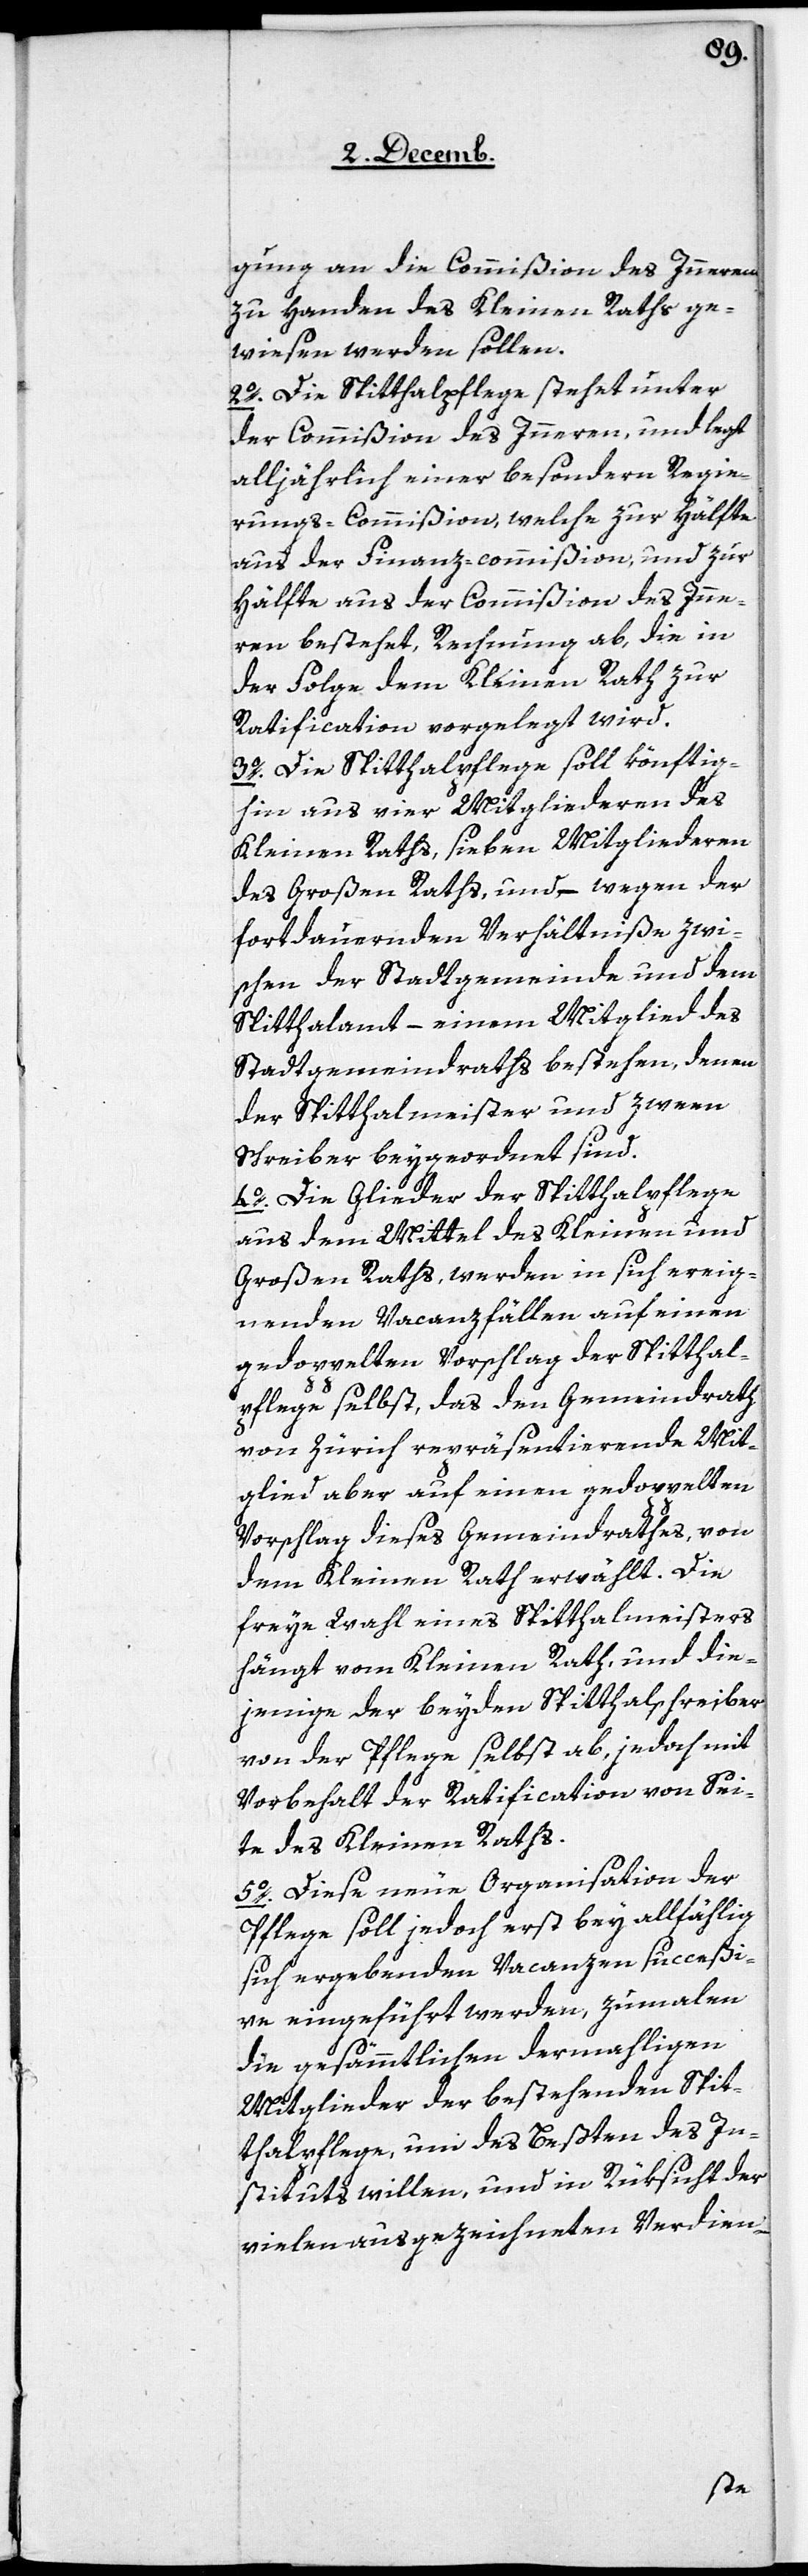
gung an die Commißion des Inneren
zu Handen des Kleinen Raths ge¬
wiesen werden sollen.
2. Die Spitthalpflege stehet unter
der Commißion des Inneren, und legt
alljährlich einer besondern Regie¬
rungs-Commißion, welche zur Hälfte
aus der Finanz-commißion, und zur
Hälfte aus der Commißion des Inne¬
ren bestehet, Rechnung ab, die in
der Folge dem Kleinen Rath zur
Ratification vorgelegt wird.
3. Die Spitthalpflege soll könftig¬
hin aus vier Mitgliederen des
Kleinen Raths, sieben Mitgliederen
des Großen Raths, und – wegen der
fortdauernden Verhältniße zwi¬
schen der Stadtgemeinde und dem
Spitthalamt – einem Mitglied des
Stadtgemeindraths bestehen, denen
der Spitthalmeister und zween
Schreiber beygeordnet sind.
4. Die Glieder der Spitthalpflege
aus dem Mittel des Kleinen und
Großen Raths, werden in sich ereig¬
nenden Vacanzfällen auf einen
gedoppelten Vorschlag der Spitthal¬
pflege selbst, das den Gemeindrath
von Zürich repräsentierende Mit¬
glied aber auf einen gedoppelten
Vorschlag dieses Gemeindrathes, von
dem Kleinen Rath erwählt. Die
freye Wahl eines Spitthalmeisters
hängt vom Kleinen Rath, und die¬
jenige der beyden Spitthalschreiber
von der Pflege selbst ab, jedoch mit
Vorbehalt der Ratification von Sei¬
te des Kleinen Raths.
5. Diese neue Organisation der
Pflege soll jedoch erst bey allfählig
sich ergebenden Vacanzen succeßi¬
ve eingeführt werden, zumalen
die gesämmtlichen dermahligen
Mitglieder der bestehenden Spit¬
thalpflege, um des Besten des In¬
stituts willen, und in Rüksicht der
vielen ausgezeichneten Verdien-